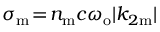
\sigma _ { \mathrm { m } } \! = \! n _ { \mathrm { m } } c \omega _ { \mathrm { o } } | k _ { 2 \mathrm { m } } |